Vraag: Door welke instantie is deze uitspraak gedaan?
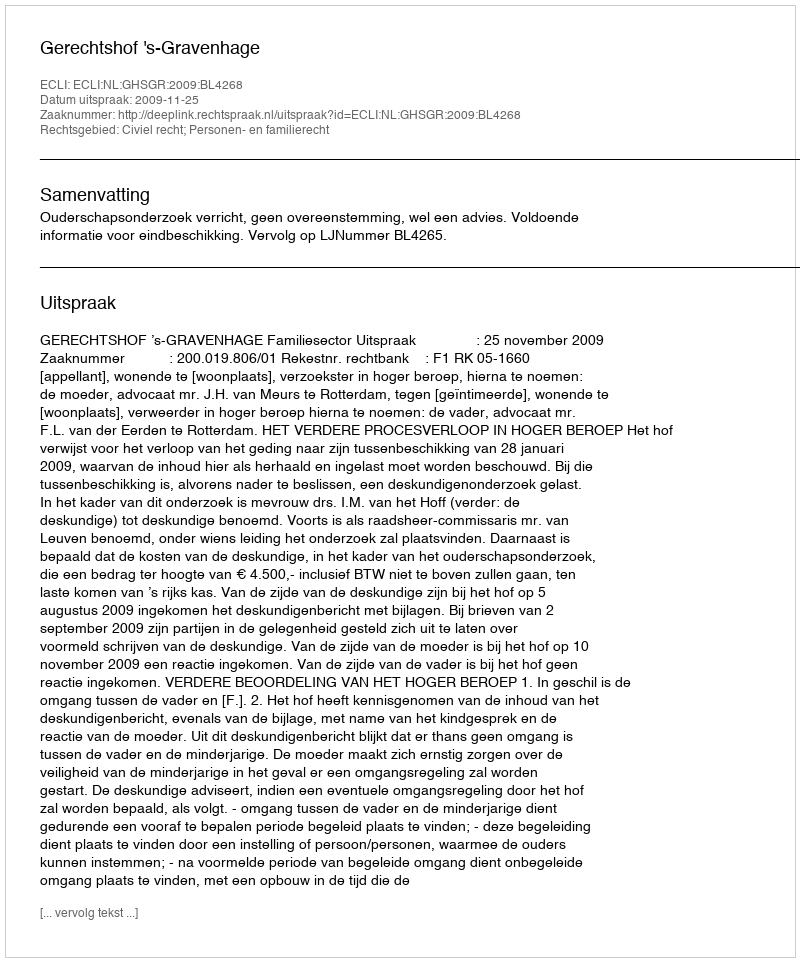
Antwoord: Gerechtshof 's-Gravenhage